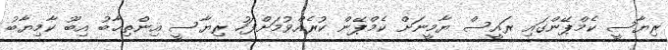
ރިޔާސީ ކެމްޕޭންގައި ރައީސް ޔާމީނަށް ކެމްޕޭން ކުރެއްވުމަށްފަހު ރިޔާސީ އިންތިޚާބު އިބޫ ކާމިޔާބު